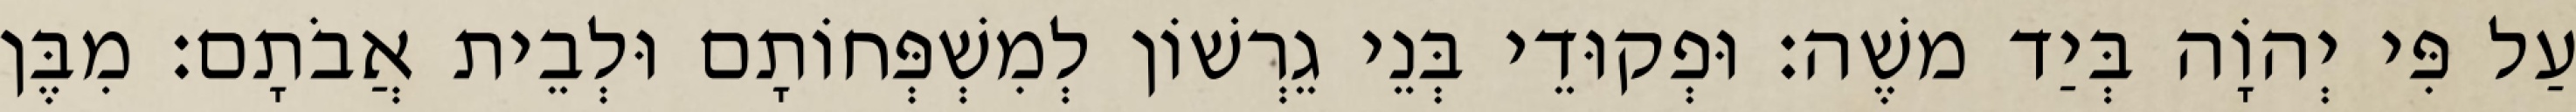
עַל פִּי יְהוָֹה בְּיַד משֶׁה׃ וּפְקוּדֵי בְּנֵי גֵרְשׁוֹן לְמִשְׁפְּחוֹתָם וּלְבֵית אֲבֹתָם׃ מִבֶּן